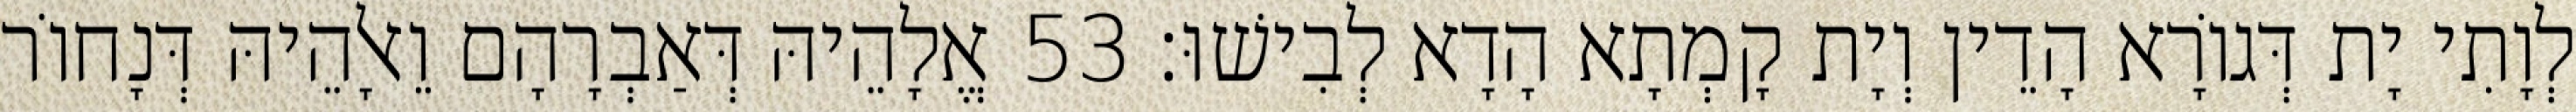
לְוָתִי יָת דְּגוֹרָא הָדֵין וְיָת קָמְתָא הָדָא לְבִישׁוּ׃ 53 אֱלָהֵיהּ דְּאַבְרָהָם וֵאלָהֵיהּ דְּנָחוֹר